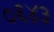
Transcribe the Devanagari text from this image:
०६४३